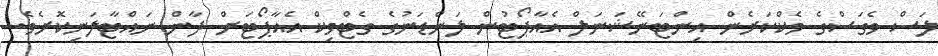
ލަސް ވެގަސްގެ މެކްކަރެން އިންޓަނޭޝަނަލް އެއާޕޯޓުން ލަންޑަނުގެ ގެޓްވިކް އެއާޕޯޓަށް ދާން ނައްޓާލަނިކޮށެވެ.